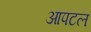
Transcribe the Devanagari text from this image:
आपटल